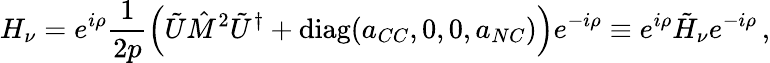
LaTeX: H_{\nu}=e^{i\rho}\frac{1}{2p}\left(\tilde{U}\hat{M}^{2}\tilde{U}^{\dagger}+\mathrm{diag}(a_{CC},0,0,a_{NC})\right)e^{-i\rho}\equiv e^{i\rho}\tilde{H}_{\nu}e^{-i\rho}\, ,